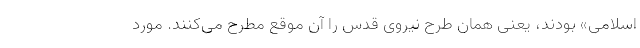
اسلامی» بودند، یعنی همان طرح نیروی قدس را آن موقع مطرح می‌کنند. مورد